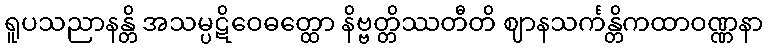
ရူပသညာနန္တိ အသမ္ပဋိဝေဓတ္ထော နိဗ္ဗတ္တိဿတီတိ ဈာနသင်္ကန္တိကထာဝဏ္ဏနာ